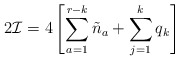
\begin{align*}2{\cal I} = 4 \left [ \sum_{a=1}^{r-k} \tilde n_a + \sum_{j=1}^k q_k \right]\end{align*}